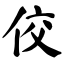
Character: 佼